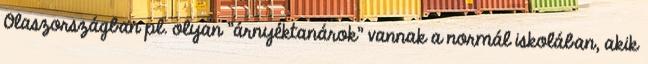
Olaszországban pl. olyan "árnyéktanárok" vannak a normál iskolában, akik